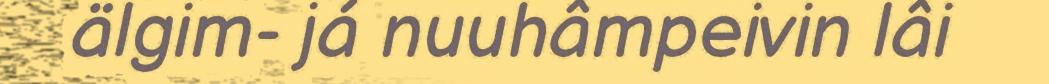
älgim- já nuuhâmpeivin lâi